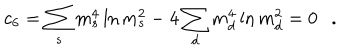
LaTeX: c _ { 6 } = \sum _ { s } m _ { s } ^ { 4 } \ln m _ { s } ^ { 2 } - 4 \sum _ { d } m _ { d } ^ { 4 } \ln m _ { d } ^ { 2 } = 0 .